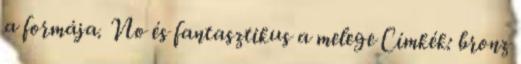
a formája. No és fantasztikus a melege Címkék: bronz